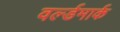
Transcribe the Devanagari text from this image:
वर्ल्डमार्क